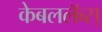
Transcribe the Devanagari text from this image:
केबललॅब्स्